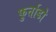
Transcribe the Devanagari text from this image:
फुर्ताडो